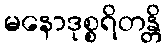
မနောဒုစ္စရိတန္တိ